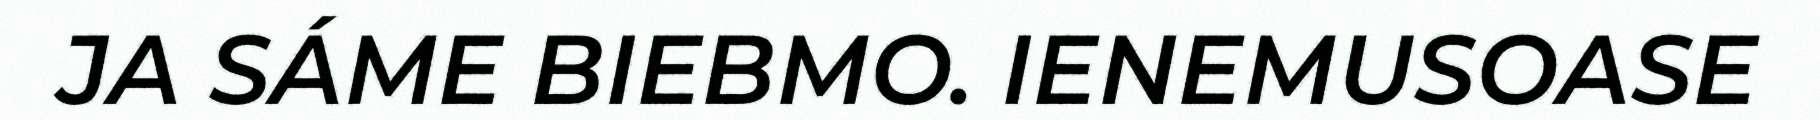
JA SÁME BIEBMO. IENEMUSOASE